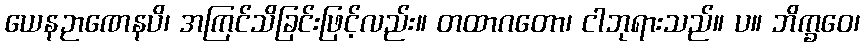
ယေနဉာဏေနပိ၊ အကြင်သိခြင်းဖြင့်လည်း။ တထာဂတော၊ ငါဘုရားသည်။ ပ။ ဘိက္ခဝေ၊